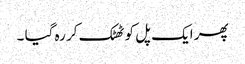
پھر ایک پل کو ٹھٹک کر رہ گیا ۔